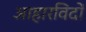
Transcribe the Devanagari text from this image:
आहारविदों